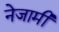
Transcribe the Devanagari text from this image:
नेजामी